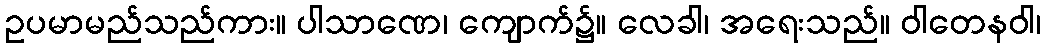
ဥပမာမည်သည်ကား။ ပါသာဏေ၊ ကျောက်၌။ လေခါ၊ အရေးသည်။ ဝါတေနဝါ၊